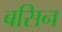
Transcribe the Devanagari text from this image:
बसिन